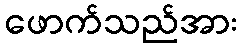
ဖောက်သည်အား